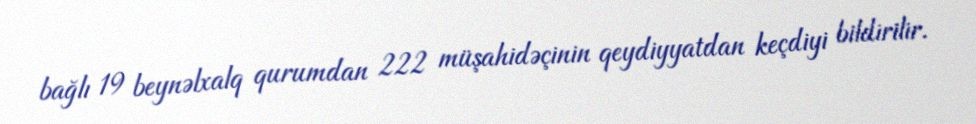
bağlı 19 beynəlxalq qurumdan 222 müşahidəçinin qeydiyyatdan keçdiyi bildirilir.